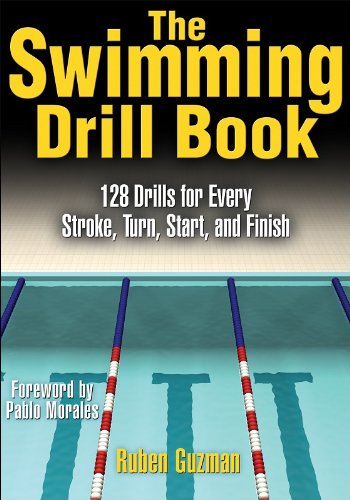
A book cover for The Swimming Drill Book; Ruben Guzman; Health, Fitness & Dieting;